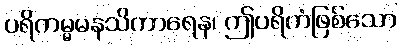
ပရိကမ္မမနသိကာရေန၊ ဤပရိကံဖြစ်သော